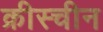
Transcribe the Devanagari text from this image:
क्रीस्चीन